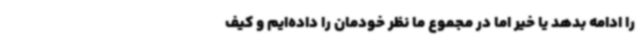
را ادامه بدهد یا خیر اما در مجموع ما نظر خودمان را داده‌ایم و کیف